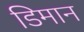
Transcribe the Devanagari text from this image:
डिमान